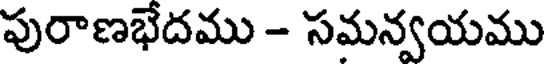
పురాణభేదము - సమన్వయము